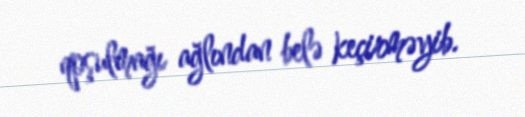
qoşulmağı ağlından belə keçirməyib.